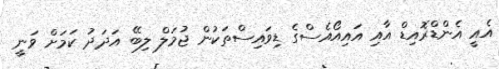
އެއީ އެންޑްރޮއިޑް އާއި އައިއޯއެސްގެ ޑިވައިސްތަކުން ޖުމަލް ލިބޭ އަދަދު ކަމަށް ވަނީ